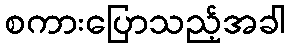
စကားပြောသည့်အခါ